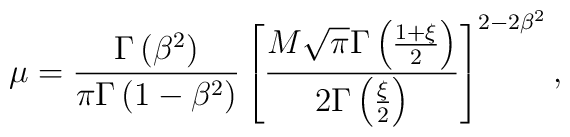
\mu =\frac{\Gamma \left( \beta ^{2}\right) }{\pi \Gamma \left( 1-\beta^{2}\right) }\left[ \frac{M\sqrt{\pi }\Gamma \left( \frac{1+\xi }{2}\right) }{2\Gamma \left( \frac{\xi }{2}\right) }\right] ^{2-2\beta ^{2}},